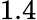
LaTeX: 1.4